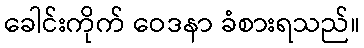
ခေါင်းကိုက် ဝေဒနာ ခံစားရသည်။